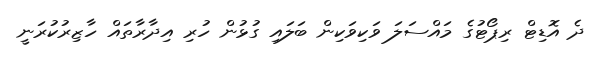
ދެ އޮޑިޓް ރިޕޯޓުގެ މައްސަލަ ވަކިވަކިން ބަލައި ގުޅުން ހުރި އިދާރާތައް ހާޒިރުކުރަނީ